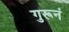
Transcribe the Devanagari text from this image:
गुरूनं